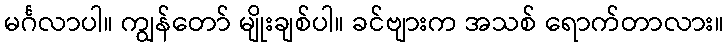
မင်္ဂလာပါ။ ကျွန်တော် မျိုးချစ်ပါ။ ခင်ဗျားက အသစ် ရောက်တာလား။